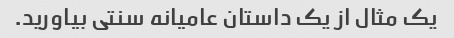
یک مثال از یک داستان عامیانه سنتی بیاورید.